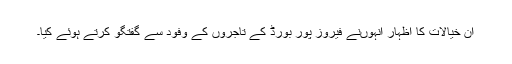
ان خیالات کا اظہار انہوںنے فیروز پور بورڈ کے تاجروں کے وفود سے گفتگو کرتے ہوئے کیا۔